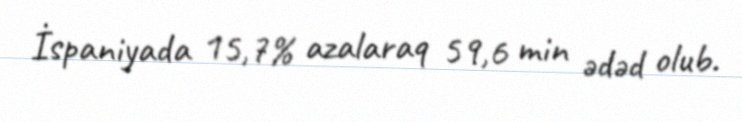
İspaniyada 15,7% azalaraq 59,6 min ədəd olub.